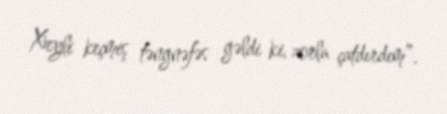
Xeyli keçmiş təngnəfəs gəldi ki, zorla çatdırdım”.